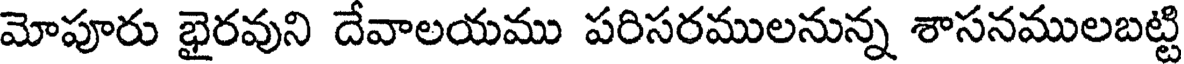
మోపూరు భైరవుని దేవాలయము పరిసరములనున్న శాసనములబట్టి